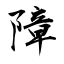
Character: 障